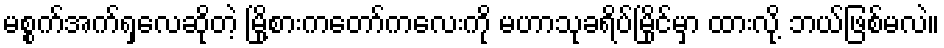
မစ္စက်အက်ရှလေဆိုတဲ့ မြို့စားကတော်ကလေးကို မဟာသုခရိပ်မြိုင်မှာ ထားလို့ ဘယ်ဖြစ်မလဲ။